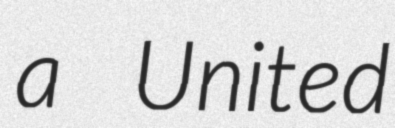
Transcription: a United